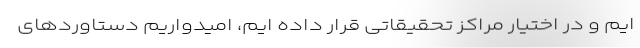
ایم و در اختیار مراکز تحقیقاتی قرار داده ایم، امیدواریم دستاوردهای